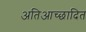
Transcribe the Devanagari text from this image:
अतिआच्छादित